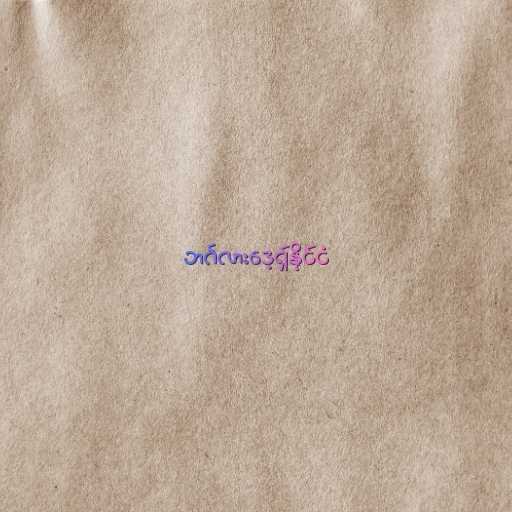
ဘင်္ဂလားဒေ့ရှ်နိုင်ငံ